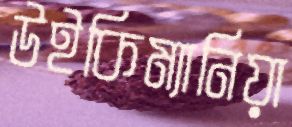
উইকিম্যানিয়া